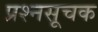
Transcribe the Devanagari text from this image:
प्रश्नसूचक